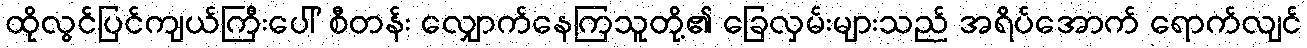
ထိုလွင်ပြင်ကျယ်ကြီးပေါ် စီတန်း လျှောက်နေကြသူတို့၏ ခြေလှမ်းများသည် အရိပ်အောက် ရောက်လျင်